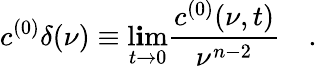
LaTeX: c^{(0)}\delta(\nu)\equiv\operatorname*{l\mathbf{i}m}_{t\to0}{\frac{{c^{(0)}(\nu,t)}}{{\nu^{n-2}}}}\quad.